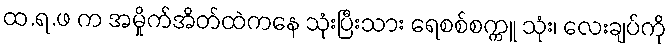
ထ.ရ.ဖ က အမှိုက်အိတ်ထဲကနေ သုံးပြီးသား ရေစစ်စက္ကူ သုံး၊ လေးချပ်ကို